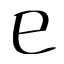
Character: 巳